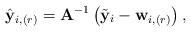
LaTeX: \begin{align*} \hat{\mathbf{y}}_{i, (r)}= \mathbf{A}^{-1} \left( \tilde{\mathbf{y}}_i - \mathbf{w}_{i, (r)} \right) ,\end{align*}